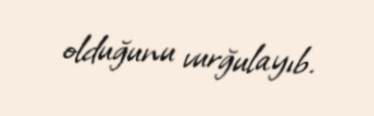
olduğunu vurğulayıb.